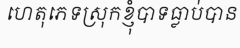
ហេតុភេទស្រុកខ្ញុំបាទធ្លាប់បាន